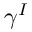
\gamma ^ { I }